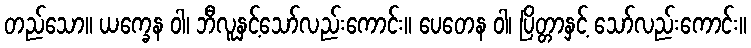
တည်သော။ ယက္ခေန ဝါ၊ ဘီလူနှင့်သော်လည်းကောင်း။ ပေတေန ဝါ၊ ပြိတ္တာနှင့် သော်လည်းကောင်း။